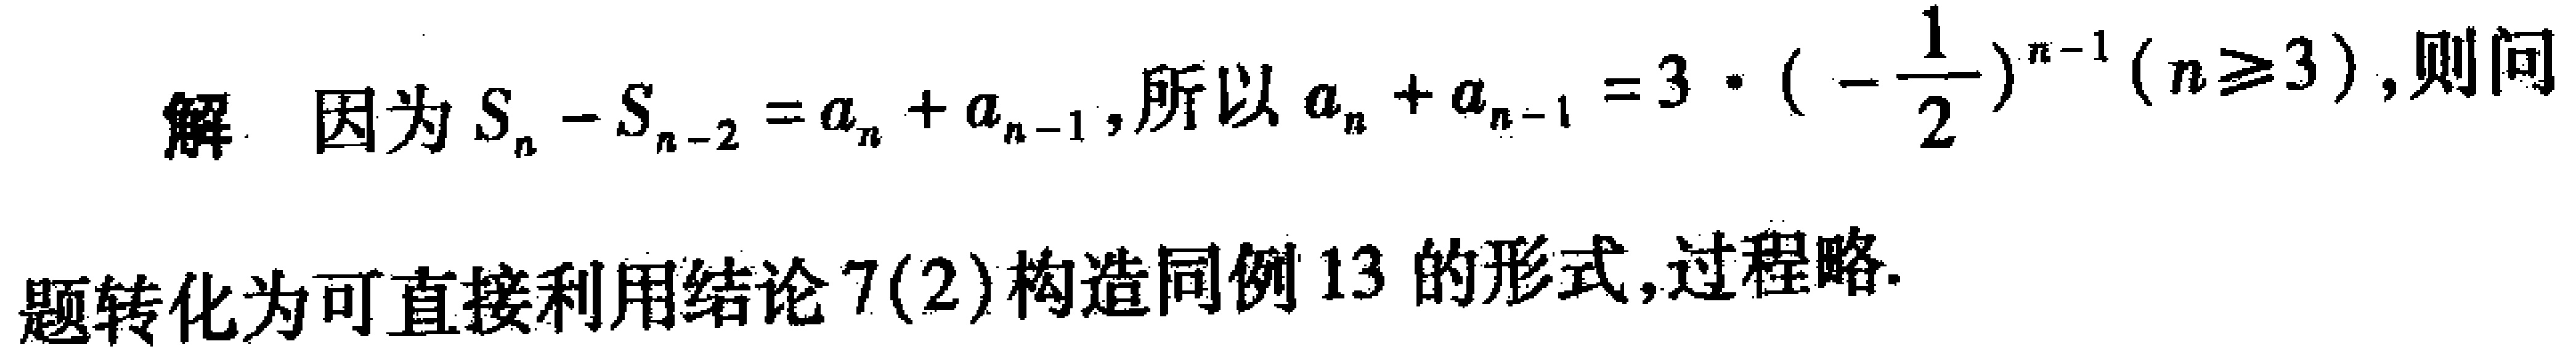
解. 因为\(S_{n}-S_{n - 2}=a_{n}+a_{n - 1}\), 所以\(a_{n}+a_{n - 1}=3\cdot(-\frac{1}{2})^{n - 1}(n\geq3)\), 则问题转化为可直接利用结论 7(2)构造同例 13 的形式,过程略.